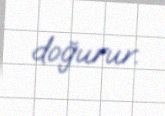
doğurur.